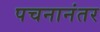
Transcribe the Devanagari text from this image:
पचनानंतर